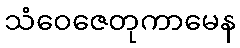
သံဝေဇေတုကာမေန